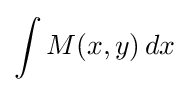
\int M(x,y)\,dx